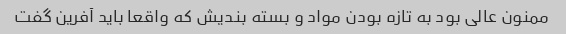
ممنون عالی بود به تازه بودن مواد و بسته بندیش که واقعا باید آفرین گفت